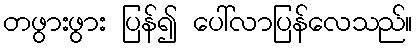
တဖွားဖွား ပြန်၍ ပေါ်လာပြန်လေသည်။